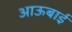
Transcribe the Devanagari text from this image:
आऊबाई